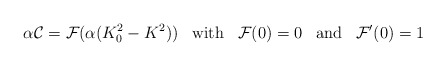
\begin{align*}\alpha {\cal C} = {\cal F}(\alpha (K_0^2 - K^2)) \; \; \; {\rm with} \; \; \; {\cal F}(0) = 0 \; \; \; {\rm and} \; \; \; {\cal F}'(0) = 1\end{align*}